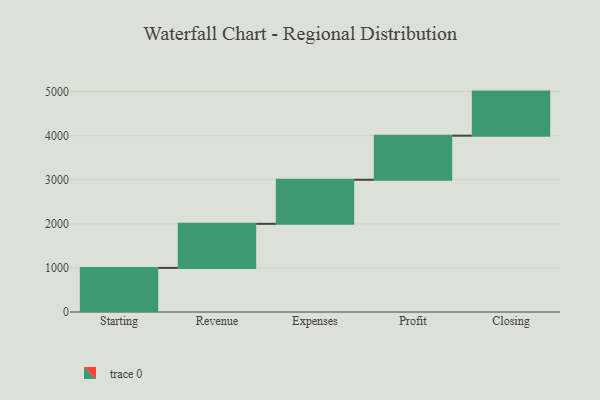
{"axis": {"x": "Step", "y": "Value"}, "legend": [""], "data": [{"x": "Starting", "y": 1000, "type": ""}, {"x": "Revenue", "y": 1000, "type": ""}, {"x": "Expenses", "y": 1000, "type": ""}, {"x": "Profit", "y": 1000, "type": ""}, {"x": "Closing", "y": 1000, "type": ""}]}